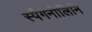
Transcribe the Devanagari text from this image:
स्पैगनोलिनि